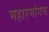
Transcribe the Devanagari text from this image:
महारमांगच